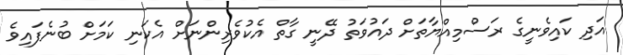
އަދި ކައިވެނީގެ ރަސްމިއްޔާތަށް ދައުވަތު ދޭނީ ގާތް އެކުވެރިންނަށް އެކަނި ކަމަށް ބުނެފައިވެ